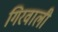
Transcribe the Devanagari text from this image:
गिरवाली